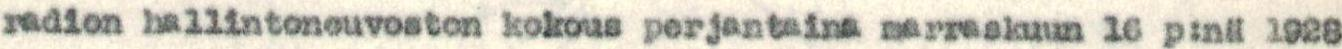
radion hallintoneuvoston kokous perjantaina marraskuun 16 p:nä 1928